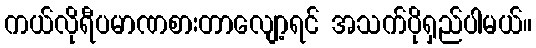
ကယ်လိုရီပမာဏစားတာလျော့ရင် အသက်ပိုရှည်ပါမယ်။